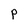
Character: P